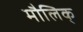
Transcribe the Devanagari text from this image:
मौलिक्